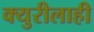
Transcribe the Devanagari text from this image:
क्युरीलाही